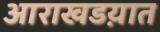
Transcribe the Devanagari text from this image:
आराखडय़ात